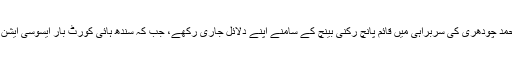
سماعت کے دوران وفاق کے وکیل بابر اعوان نے چیف جسٹس افتخار محمد چودھری کی سربراہی میں قائم پانچ رکنی بینچ کے سامنے اپنے دلائل جاری رکھے، جب کہ سندھ ہائی کورٹ بار ایسوسی ایشن کے صدر انور منصور خان نے بھی عدالت کو اپنے موقف سے آگاہ کیا۔